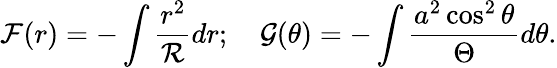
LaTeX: {\cal F}(r)=-\int\frac{r^{2}}{{\cal R}}dr;\quad{\cal G}(\theta)=-\int\frac{a^{2}\cos^{2}\theta}{\Theta}d\theta.